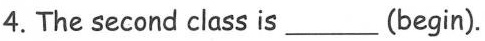
4.The second class is___(begin).